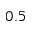
0 . 5